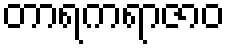
တာရကရာဇာဝ